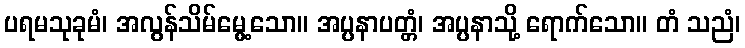
ပရမသုခုမံ၊ အလွန်သိမ်မွေ့သော။ အပ္ပနာပတ္တံ၊ အပ္ပနာသို့ ရောက်သော။ တံ သညံ၊